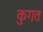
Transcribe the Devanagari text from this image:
कुगत